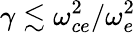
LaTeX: \gamma\lesssim\omega_{ce}^{2}/\omega_{e}^{2}